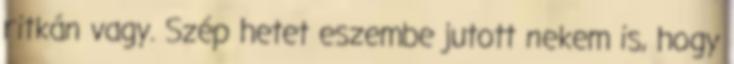
ritkán vagy. Szép hetet eszembe jutott nekem is, hogy